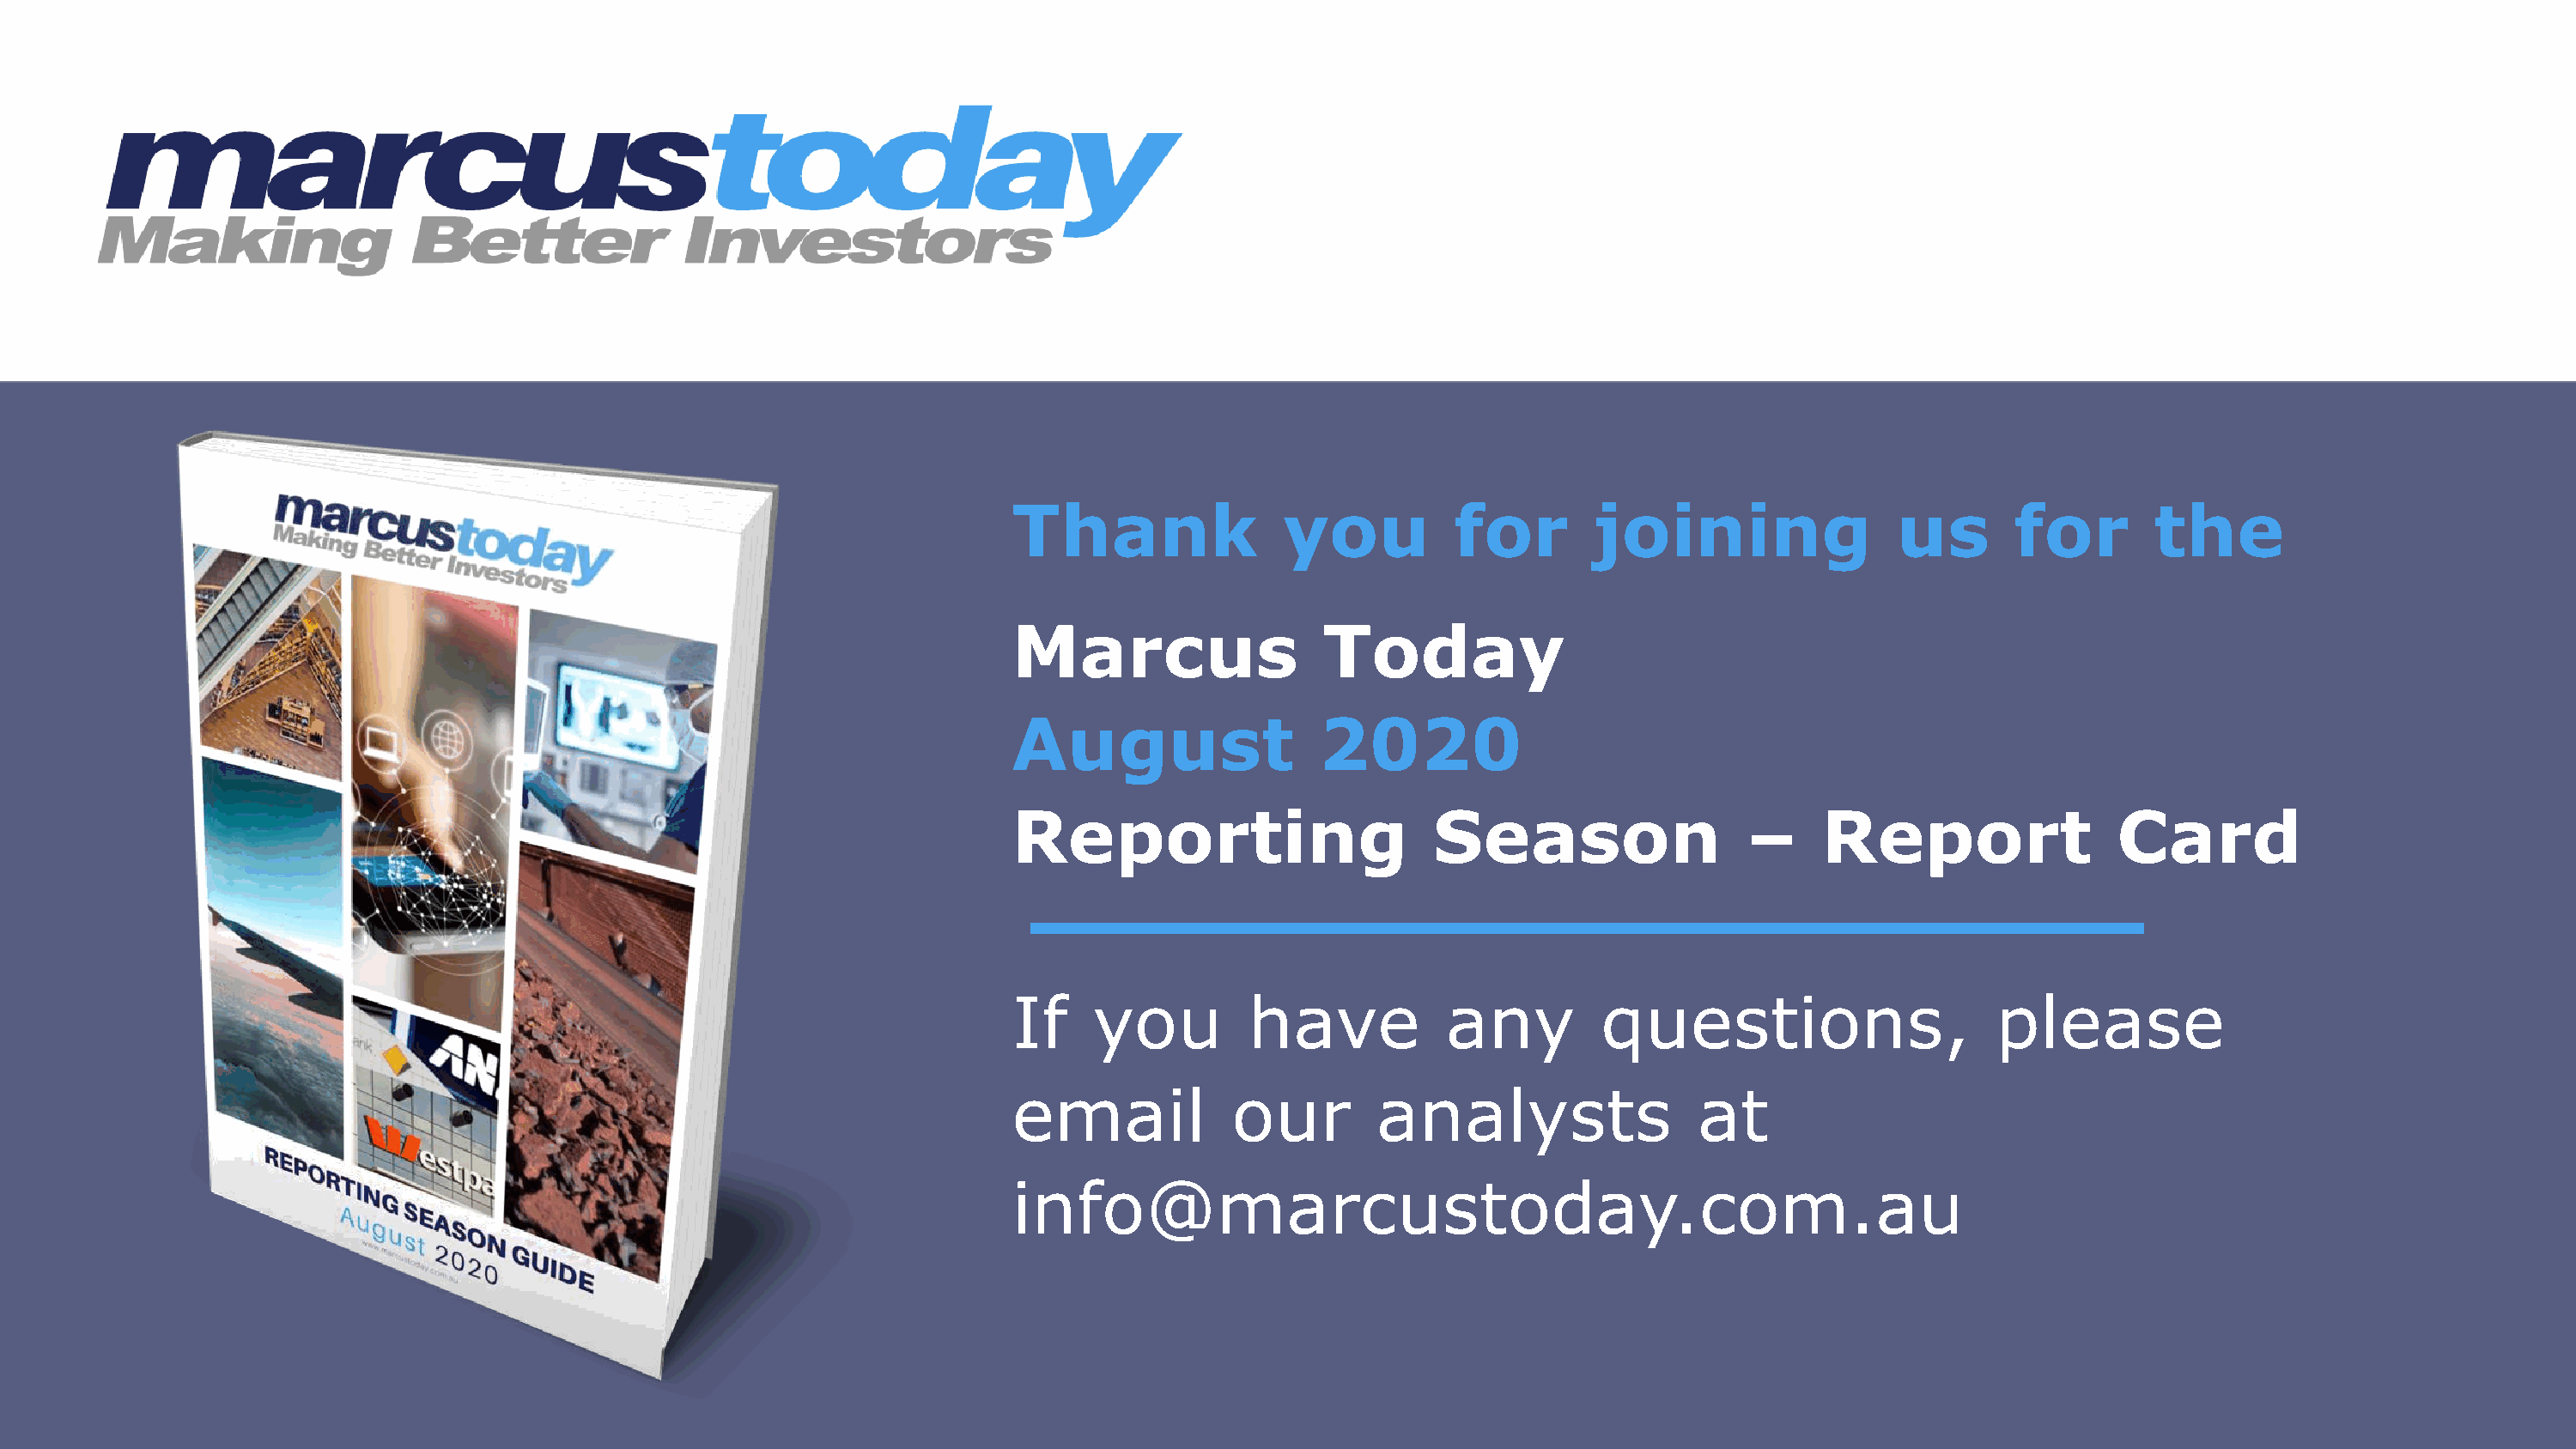
Thank                you          for        joining                us       for        the
 Marcus                  Today
 August                  2020
 Reporting                       Season                   –    Report                 Card
 If    you         have           any         questions,                     please
 email            our        analysts                 at
 info@marcustoday.com.au